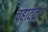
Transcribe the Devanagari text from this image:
चहाटळ